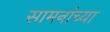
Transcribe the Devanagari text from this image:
सामनांच्या